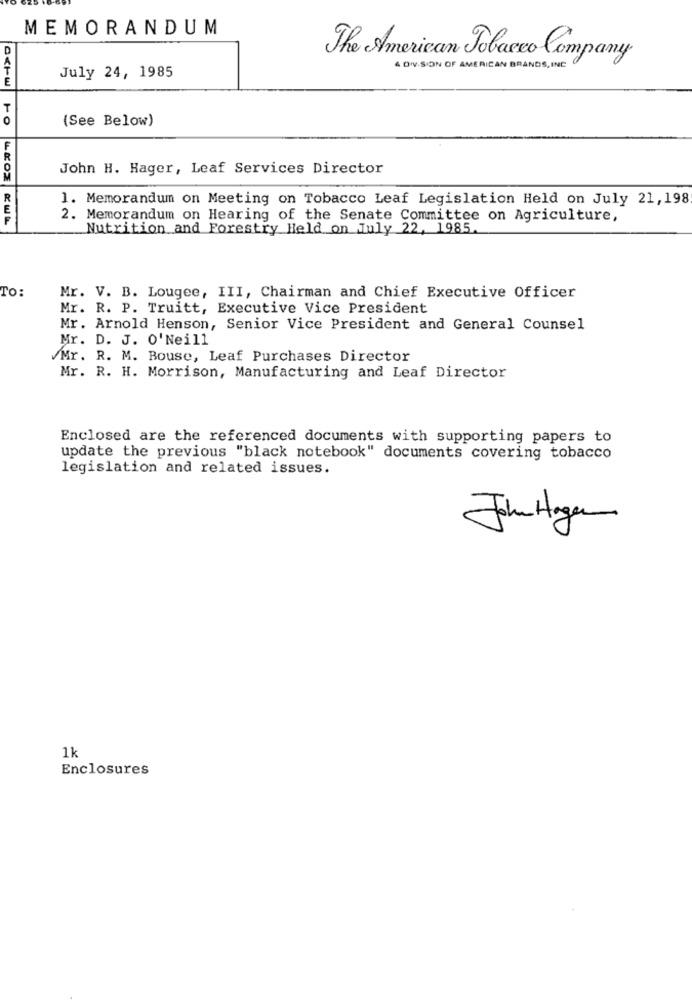
MEMORANDUM
D
The American Tobacco Company
4 DIVISION OF AMERICAN BRANDS, INC
July 24, 1985
(See Below)
John H. Hager, Leaf Services Director
R
1. Memorandum on Meeting on Tobacco Leaf Legislation Held on July 21,198
2. Memorandum on Hearing of the Senate Committee on Agriculture,
Nutrition and Forestry Held on July 22, 1985.
TO:
Mr. V. B. Lougee, III, Chairman and Chief Executive Officer
Mr. R. P. Truitt, Executive Vice President
Mr. Arnold Henson, Senior Vice President and General Counsel
Mr. D. J. O' Neill
Mr. R. M. Bouse, Leaf Purchases Director
Mr. R. H. Morrison, Manufacturing and Leaf Director
Enclosed are the referenced documents with supporting papers to
update the previous "black notebook" documents covering tobacco
legislation and related issues.
John Hagen
1k
Enclosures